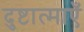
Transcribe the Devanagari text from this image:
दुष्टात्माएँ